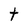
Character: t